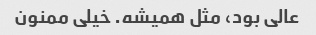
عالی بود، مثل همیشه. خیلی ممنون